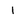
Character: i